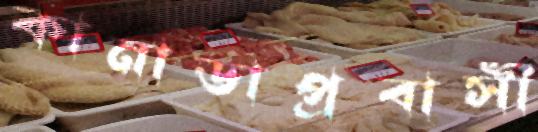
কানাডাপ্রবাসী